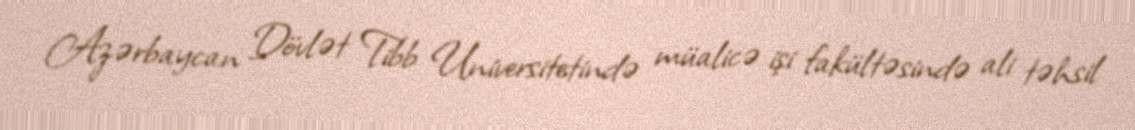
Azərbaycan Dövlət Tibb Universitetində müalicə işi fakültəsində ali təhsil